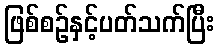
ဖြစ်စဉ်နှင့်ပတ်သက်ပြီး